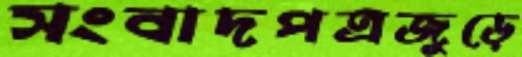
সংবাদপত্রজুড়ে